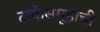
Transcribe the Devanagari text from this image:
टाकेसमूहाची